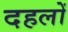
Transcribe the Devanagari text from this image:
दहलों